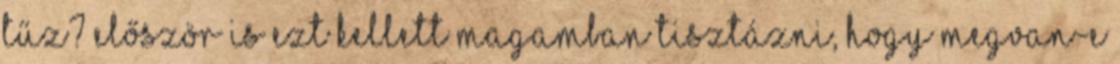
tűz? Először is ezt kellett magamban tisztázni, hogy megvan-e